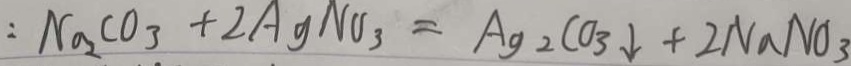
: N _ { a 2 } C O _ { 3 } + 2 A g N O _ { 3 } = A g C O _ { 3 } \downarrow + 2 N a N O _ { 3 }